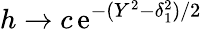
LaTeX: h\to c\, \textrm{e}^{-(Y^{2}-\delta_{1}^{2})/2}